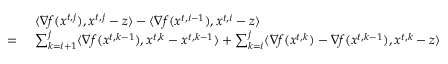
\begin{array} { r l } & { \langle \nabla f ( { x } ^ { t , j } ) , { x } ^ { t , j } - { z } \rangle - \langle \nabla f ( { x } ^ { t , i - 1 } ) , { x } ^ { t , i } - { z } \rangle } \\ { = \ } & { \sum _ { k = i + 1 } ^ { j } \langle \nabla f ( { x } ^ { t , k - 1 } ) , { x } ^ { t , k } - { x } ^ { t , k - 1 } \rangle + \sum _ { k = i } ^ { j } \langle \nabla f ( { x } ^ { t , k } ) - \nabla f ( { x } ^ { t , k - 1 } ) , { x } ^ { t , k } - { z } \rangle } \end{array}